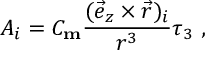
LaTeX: A _ { i } = C _ { \mathrm { \bf m } } \frac { ( \vec { e } _ { z } \times \vec { r } ) _ { i } } { r ^ { 3 } } \tau _ { 3 } \ ,